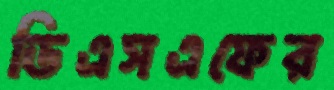
ডিএসএফের